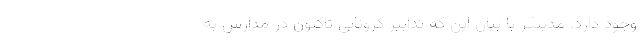
وجود دارد. مدینگر با بیان این که تدابیر کرونایی تاکنون در مدارس به